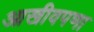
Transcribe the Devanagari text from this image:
आखीवपणा